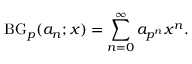
\operatorname { B G } _ { p } ( a _ { n } ; x ) = \sum _ { n = 0 } ^ { \infty } a _ { p ^ { n } } x ^ { n } .